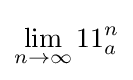
\lim _{n\to \infty }11_{a}^{n}